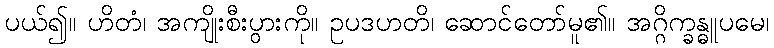
ပယ်၍။ ဟိတံ၊ အကျိုးစီးပွားကို။ ဥပဒဟတိ၊ ဆောင်တော်မူ၏။ အဂ္ဂိက္ခန္ဓူပမေ၊